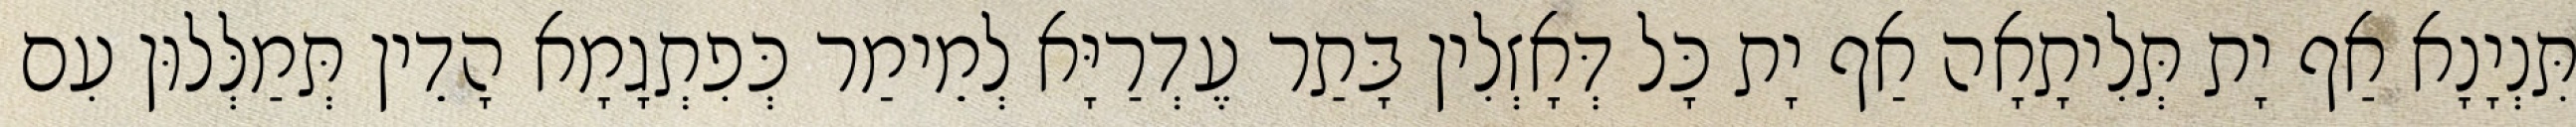
תִּנְיָנָא אַף יָת תְּלִיתָאָה אַף יָת כָּל דְּאָזְלִין בָּתַר עֶדְרַיָּא לְמֵימַר כְּפִתְגָמָא הָדֵין תְּמַלְּלוּן עִם